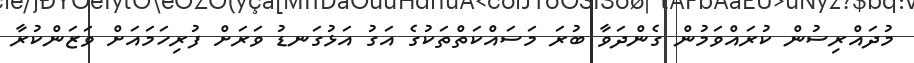
މުދައްރިސުން ކުރައްވަމުން ގެންދަވާ ބުރަ މަސައްކަތްތަކުގެ އަގު އަޅުގަނޑު ވަރަށް ފުރިހަމައަށް ވަޒަންކުރާ